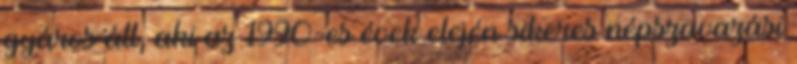
gyáros áll, aki az 1990-es évek elején sikeres népszavazási